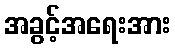
အခွင့်အရေးအား